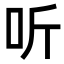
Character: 听